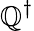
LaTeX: \mathbb{Q}^{\dagger}